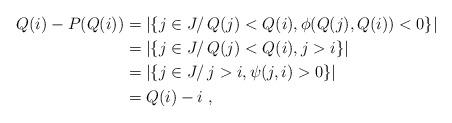
LaTeX: \begin{align*}Q(i)-P(Q(i))&= |\{j\in J/\, Q(j)<Q(i), \phi(Q(j),Q(i))<0\}|\\&= |\{j\in J/\, Q(j)<Q(i), j>i\}|\\&= |\{j\in J/\, j>i,\psi(j,i)>0\}|\\&= Q(i)-i\,\,,\end{align*}